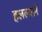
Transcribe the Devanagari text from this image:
हलल्याने